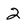
Character: 2